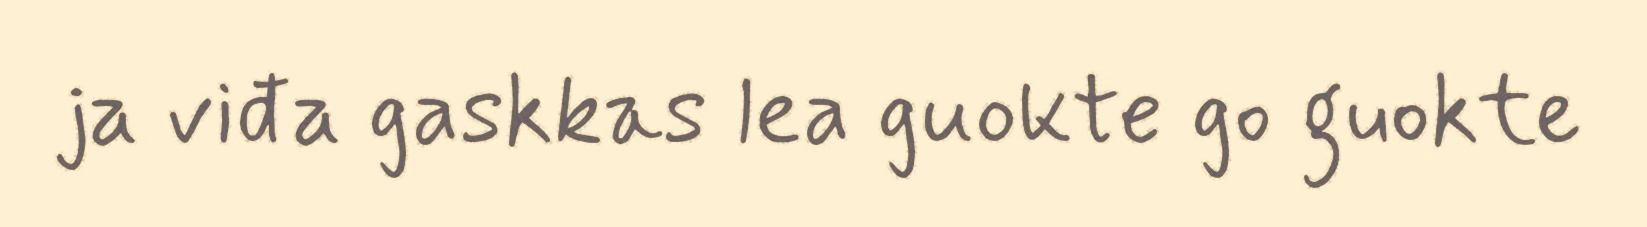
ja viđa gaskkas lea guokte go guokte